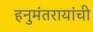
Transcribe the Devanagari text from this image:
हनुमंतरायांची